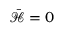
\bar { \mathcal { H } } = 0